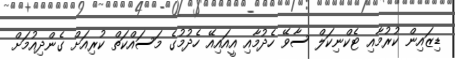
ޑިޒައިން ކުރުމާއި ޓެކްނިކަލް ސާވޭ ހެދުމާއި އީއައިއޭ ހެދުމުގެ މަސައްކަތް ކުރިއަށް ގެންދިއުމަށް